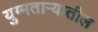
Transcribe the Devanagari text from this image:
युग्मताऱ्यातील